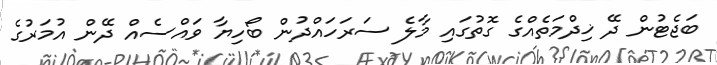
ބަޖެޓުން ދޭ ޚިދްމަތެއްގެ ގޮތުގައި މާލެ ސަރަހައްދުން ބޯހިޔާ ވައްސެއް ދޭން އުމަރުގެ